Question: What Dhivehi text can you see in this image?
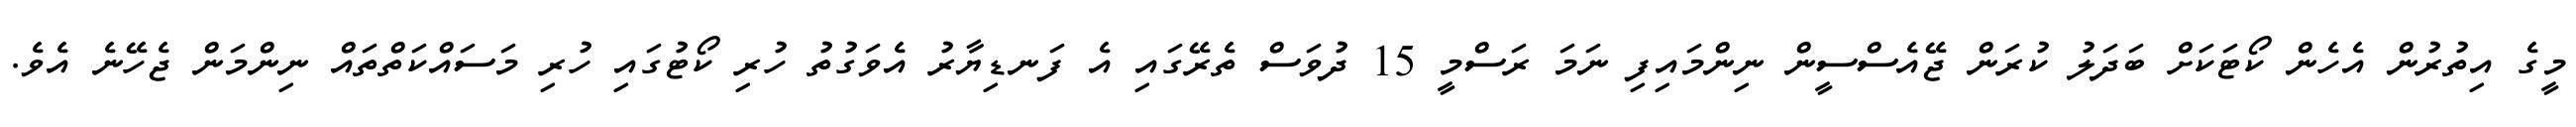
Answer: މީގެ އިތުރުން އެހެން ކޯޓަކަށް ބަދަލު ކުރަން ޖޭއެސްސީން ނިންމައިފި ނަމަ ރަސްމީ 15 ދުވަސް ތެރޭގައި އެ ފަނޑިޔާރު އެވަގުތު ހުރި ކޯޓުގައި ހުރި މަސައްކަތްތައް ނިންމަން ޖެހޭނެ އެވެ.